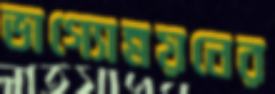
ভাগ্যোন্নয়নের